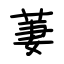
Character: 萋